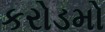
કરોડમો